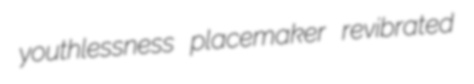
youthlessness placemaker revibrated